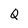
Character: Q